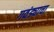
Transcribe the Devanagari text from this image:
गवंड्याचा